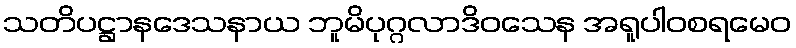
သတိပဋ္ဌာနဒေသနာယ ဘူမိပုဂ္ဂလာဒိဝသေန အရူပါဝစရမေဝ